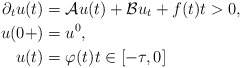
\begin{align*} \partial_{t} u(t) &= \mathcal{A} u(t) + \mathcal{B} u_{t} + f(t) t > 0, \\ u(0+) &= u^{0}, \\ u(t) &= \varphi(t) t \in [-\tau, 0] \end{align*}